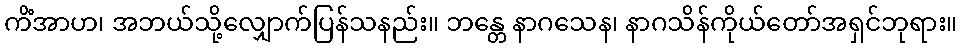
ကိံအာဟ၊ အဘယ်သို့လျှောက်ပြန်သနည်း။ ဘန္တေ နာဂသေန၊ နာဂသိန်ကိုယ်တော်အရှင်ဘုရား။